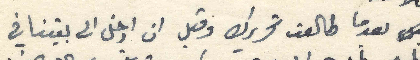
بعدما طالعت تحريرك وقبل ان ادخل الى بيتنا في